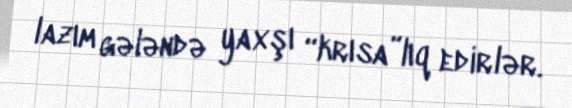
lazım gələndə yaxşı “krısa”lıq edirlər.